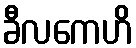
ခီလကေဟိ